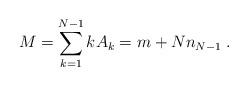
LaTeX: \begin{align*} M = \sum^{N-1}_{k=1}kA_k = m + N n_{N-1}\;.\end{align*}